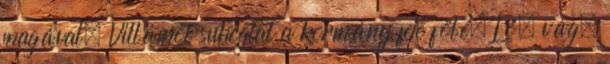
magával. Villámot suhogtat a kormány feje fölé. Lő, vág,